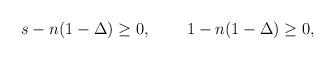
LaTeX: \begin{align*}s-n(1-\Delta) \geq 0, \,\,\,\,\,\,\,\,\,\,\,\,\,1-n(1-\Delta) \geq 0,\end{align*}